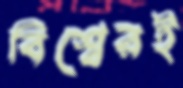
বিশ্বেরই